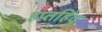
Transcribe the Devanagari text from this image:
हप्तहिंदु